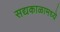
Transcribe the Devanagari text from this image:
सद्यकाळामध्ये